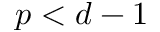
p < d - 1